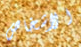
الاشخاص